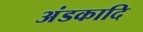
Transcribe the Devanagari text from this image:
अंडकादि